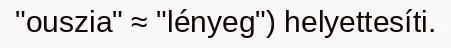
"ouszia" ≈ "lényeg") helyettesíti.